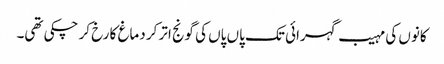
کانوں کی مہیب گہرائی تک پاں پاں کی گونج اتر کر دماغ کا رخ کر چکی تھی۔